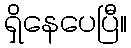
ရှိနေပေပြီ။